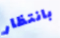
بانتظار